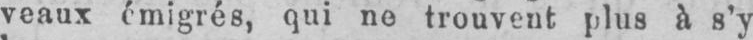
veaux émigrés, qui ne trouvent plus à s’y